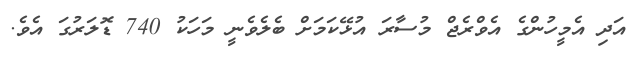
އަދި އެމީހުންގެ އެވްރެޖް މުސާރަ އުޅޭކަމަށް ބެލެވެނީ މަހަކު 740 ޑޮލަރުގަ އެވެ.